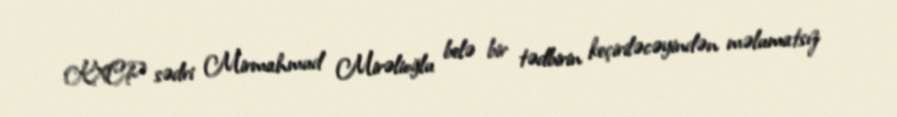
KXCP sədri Mirmahmud Mirəlioğlu belə bir tədbirin keçiriləcəyindən məlumatsız